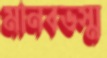
মানবভস্ম